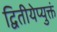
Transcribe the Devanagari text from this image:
द्वितीयेप्युक्तं